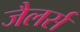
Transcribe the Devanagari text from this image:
जैलर्स